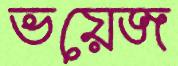
ভয়েজ